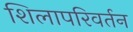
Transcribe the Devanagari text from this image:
शिलापरिवर्तन